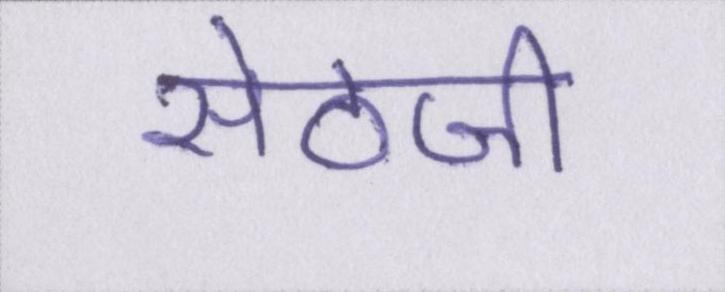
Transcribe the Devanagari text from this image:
सेठजी